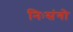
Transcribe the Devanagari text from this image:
निःसंगो